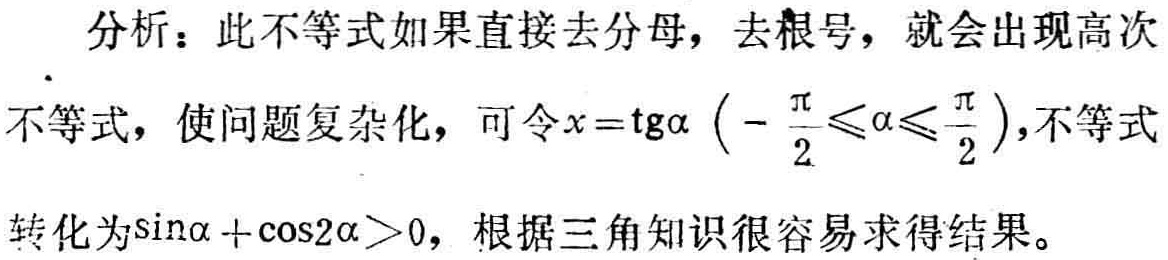
分析：此不等式如果直接去分母，去根号，就会出现高次
不等式，使问题复杂化，可令\(x = \mathrm{tg}\alpha\left(-\frac{\pi}{2}\leqslant\alpha\leqslant\frac{\pi}{2}\right)\)，不等式
转化为\(\sin\alpha+\cos2\alpha > 0\)，根据三角知识很容易求得结果。